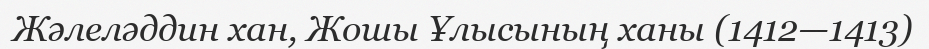
Жәлеләддин хан, Жошы Ұлысының ханы (1412—1413)